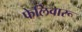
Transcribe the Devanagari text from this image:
फेलिवारू